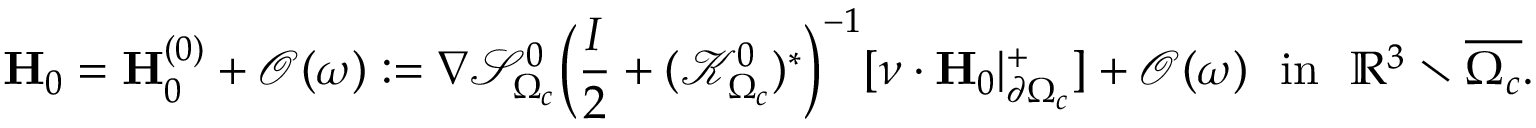
\mathbf { H } _ { 0 } = \mathbf { H } _ { 0 } ^ { ( 0 ) } + \mathcal { O } ( \omega ) : = \nabla \mathcal { S } _ { \Omega _ { c } } ^ { 0 } \Big ( \frac { I } { 2 } + ( \mathcal { K } _ { \Omega _ { c } } ^ { 0 } ) ^ { * } \Big ) ^ { - 1 } [ \nu \cdot \mathbf { H } _ { 0 } | _ { \partial \Omega _ { c } } ^ { + } ] + \mathcal { O } ( \omega ) \ \ \mathrm { i n } \ \ \mathbb { R } ^ { 3 } \setminus \overline { { \Omega _ { c } } } .